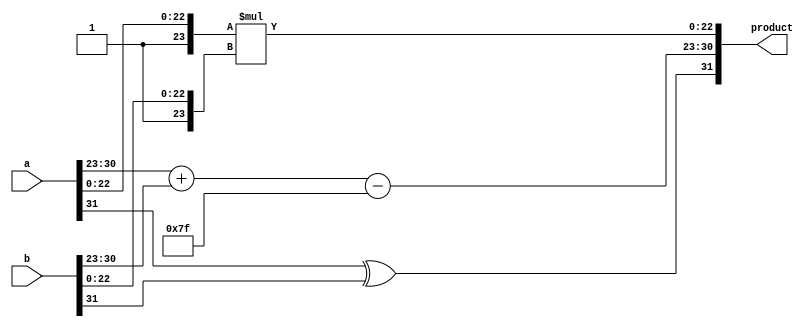
module floating_point_wallace_tree_multiplier (
    input [31:0] a, // 32-bit input for single precision
    input [31:0] b, // 32-bit input for single precision
    output reg [31:0] product // 32-bit output for single precision
);

    // Constants for IEEE 754 single precision
    parameter EXPONENT_BIAS = 127;
    parameter MANTISSA_WIDTH = 23;

    // Internal signals
    wire sign_a, sign_b;
    wire [7:0] exponent_a, exponent_b;
    wire [MANTISSA_WIDTH:0] mantissa_a, mantissa_b; // Including implicit leading bit
    wire [7:0] exponent_result;
    wire sign_result;
    wire [47:0] mantissa_product; // Product of mantissas (23 + 23 = 46 bits)
    wire [47:0] normalized_mantissa;
    wire [7:0] final_exponent;

    // Extract sign, exponent, and mantissa
    assign sign_a = a[31];
    assign exponent_a = a[30:23];
    assign mantissa_a = {1'b1, a[22:0]}; // Implicit leading 1

    assign sign_b = b[31];
    assign exponent_b = b[30:23];
    assign mantissa_b = {1'b1, b[22:0]}; // Implicit leading 1

    // Calculate product of mantissas
    assign mantissa_product = mantissa_a * mantissa_b;

    // Normalize the mantissa product
    // This is a simplified normalization step
    assign normalized_mantissa = mantissa_product[46:0]; // Adjust as needed for normalization

    // Calculate the final exponent
    assign final_exponent = (exponent_a + exponent_b - EXPONENT_BIAS);

    // Determine the sign of the result
    assign sign_result = sign_a ^ sign_b;

    // Combine results into final product
    always @(*) begin
        product[31] = sign_result; // Sign bit
        product[30:23] = final_exponent; // Exponent
        product[22:0] = normalized_mantissa[22:0]; // Mantissa (23 bits)
    end

endmodule